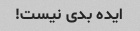
ایده بدی نیست!